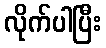
လိုက်ပါပြီး